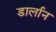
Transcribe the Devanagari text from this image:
डार्लान